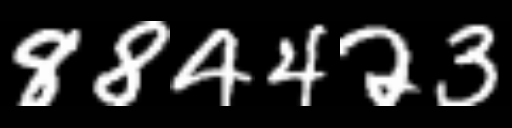
Text: 884423